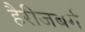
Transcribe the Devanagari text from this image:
हैरीजबर्ग